Report on the administration of the Government Cinchona Department 1892-98
Year: 1892
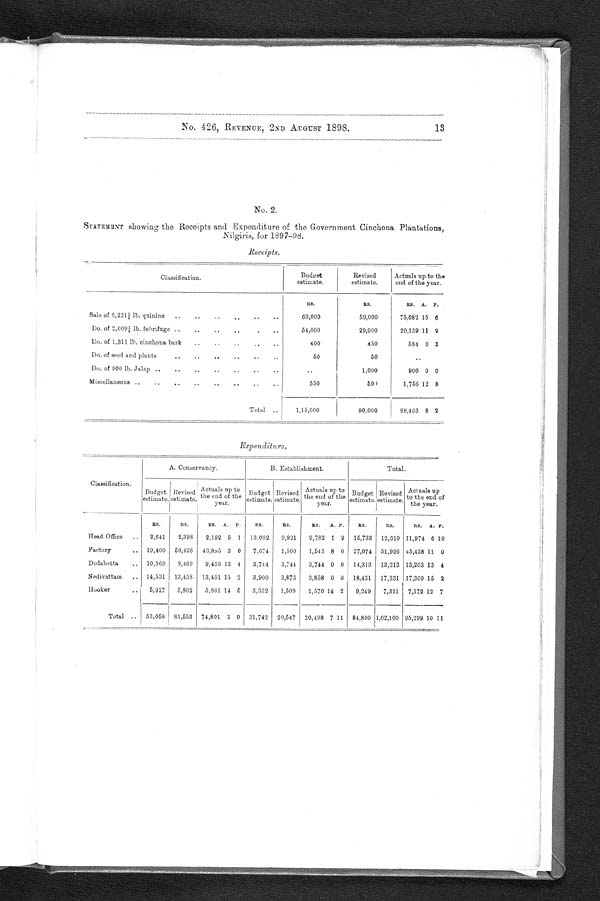
13
No. 426, REVENUE, 2ND AUGUST 1898.
No. 2.
STATEMENT showing the Receipts and Expenditure of the Government Cinchona Plantations,
Nilgiris, for 1897-98.
Receipts.
Classification.
Budget
estimate.
Revised
estimate.
Actuals up to the
end of the year.
RS.
RS.
RS. A. P.
Sale of 6,2211/2 lb. quinine ..
..
..
..
..
..
60,000
59,000
75,082 15 6
Do. of 2,0091/4 lb. febrifuge ..
..
..
..
. .
..
54,000
29,000
20,139 11 9
Do. of 1,311 lb. cinchona bark
..
..
..
. .
..
400
450
584 0 3
Do. of seed and plants
..
..
. .
...
..
50
50
..
Do. of 900 lb. Jalap ..
..
..
..
..
..
..
..
1,000
900 0 0
Miscellaneous ..
..
..
. .
..
..
..
..
550
501
1,756 12 8
Total
1,15,000
90,000
98,463 8 2
Expenditure.
Classification.
A. Conservancy.
B. Establishment.
Total.
Budget
estimate.
Revise
d
estimate.
Actuals up to
end of the
year.
Budget
estimate.
Revised
e s t i ma t e .
Actuals up to
the end of the
year.
Budget
estimate.
Revised
estimate.
Actuals up
to the end of
the year.
RS.
RS.
RS. A. P.
RS.
RS.
RS.
A. P.
Rs.
Rs.
RS. A. P.
Head Office
..
2,641
2,398
2,192 5 1
13,092
9,921
9,782 1 9
15,733
12,319 11,974 6 10
Factory
.. 19,400
50,426
43,895 3 0
7,674
1,500
1,543 8 0 27,074 51,926 45,438 11 0
Dodabetta
..
10,569
9,469
9,4.59 13 4
3,744
3,744
3,744 0 0
14,313
13,213 13,203 13 4
Nedivattam
.. 14,531
13,458
13,431 15 2
3,900
3,873
3,858 0 0
18,431
17,331 17,309 15 2
Hooker
5,917
5,802
5,801 14 5
3,332
1,509
1,570 14 2
9,249
7,311
7,372 12 7
Total ..
53,058 81,553 74,801 3 0 31,742
20,547 20,498 7 11
84,800 1,02,100 95,299 10 11